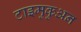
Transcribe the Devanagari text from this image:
टाइमुकुअन